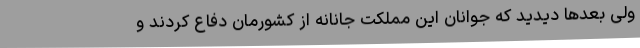
ولی بعدها دیدید که جوانان این مملکت جانانه از کشورمان دفاع کردند و